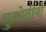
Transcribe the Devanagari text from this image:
चुनोतीयों